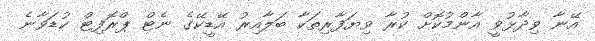
އޭނާ ވިދާޅުވީ އާންމުކޮށް ކުރާ ވިޔަފާރިތަކާ ބަލާއިރު އޭޑީކޭގެ ނެޓް ޕްރޮފިޓް ކުޑަވާނެ